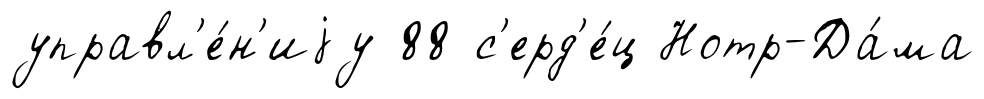
управл'е́н'иjу 88 с'ерд'е́ц Нотр-Да́ма